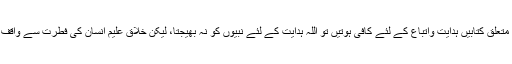
لیکن اگر صرف احکامات و تعلیمات و اصول و ضوابط اور قوانین سے متعلق کتابیں ہدایت واتباع کے لئے کافی ہوتیں تو اللہ ہدایت کے لئے نبیوں کو نہ بھیجتا، لیکن خلّاقِ علیم انسان کی فطرت سے واقف تھا کہ جب تک عملی نمونہ نہ ہو وہ کسی کے سامنے جھکتا نہیں ہے۔